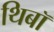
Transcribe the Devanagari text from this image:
थिबॉ